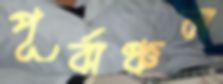
পূর্বাঞ্চল